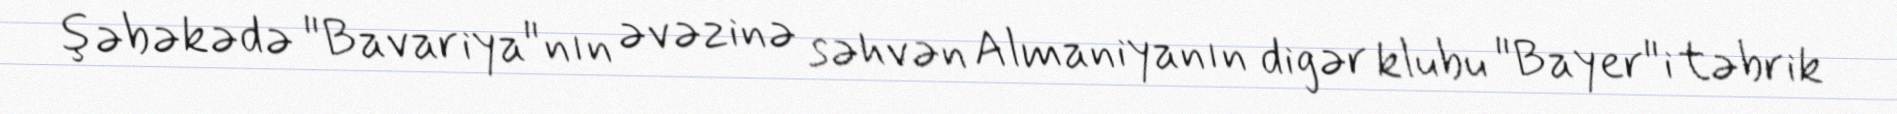
şəbəkədə "Bavariya"nın əvəzinə səhvən Almaniyanın digər klubu "Bayer"i təbrik